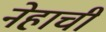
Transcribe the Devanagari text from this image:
नेहाची